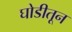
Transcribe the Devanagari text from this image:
घोडीतून